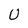
Character: U